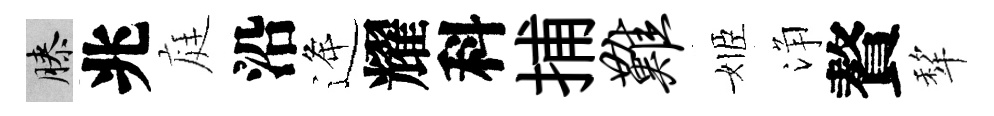
膝兆庭沿逄耀科捕难姬浄贅犂